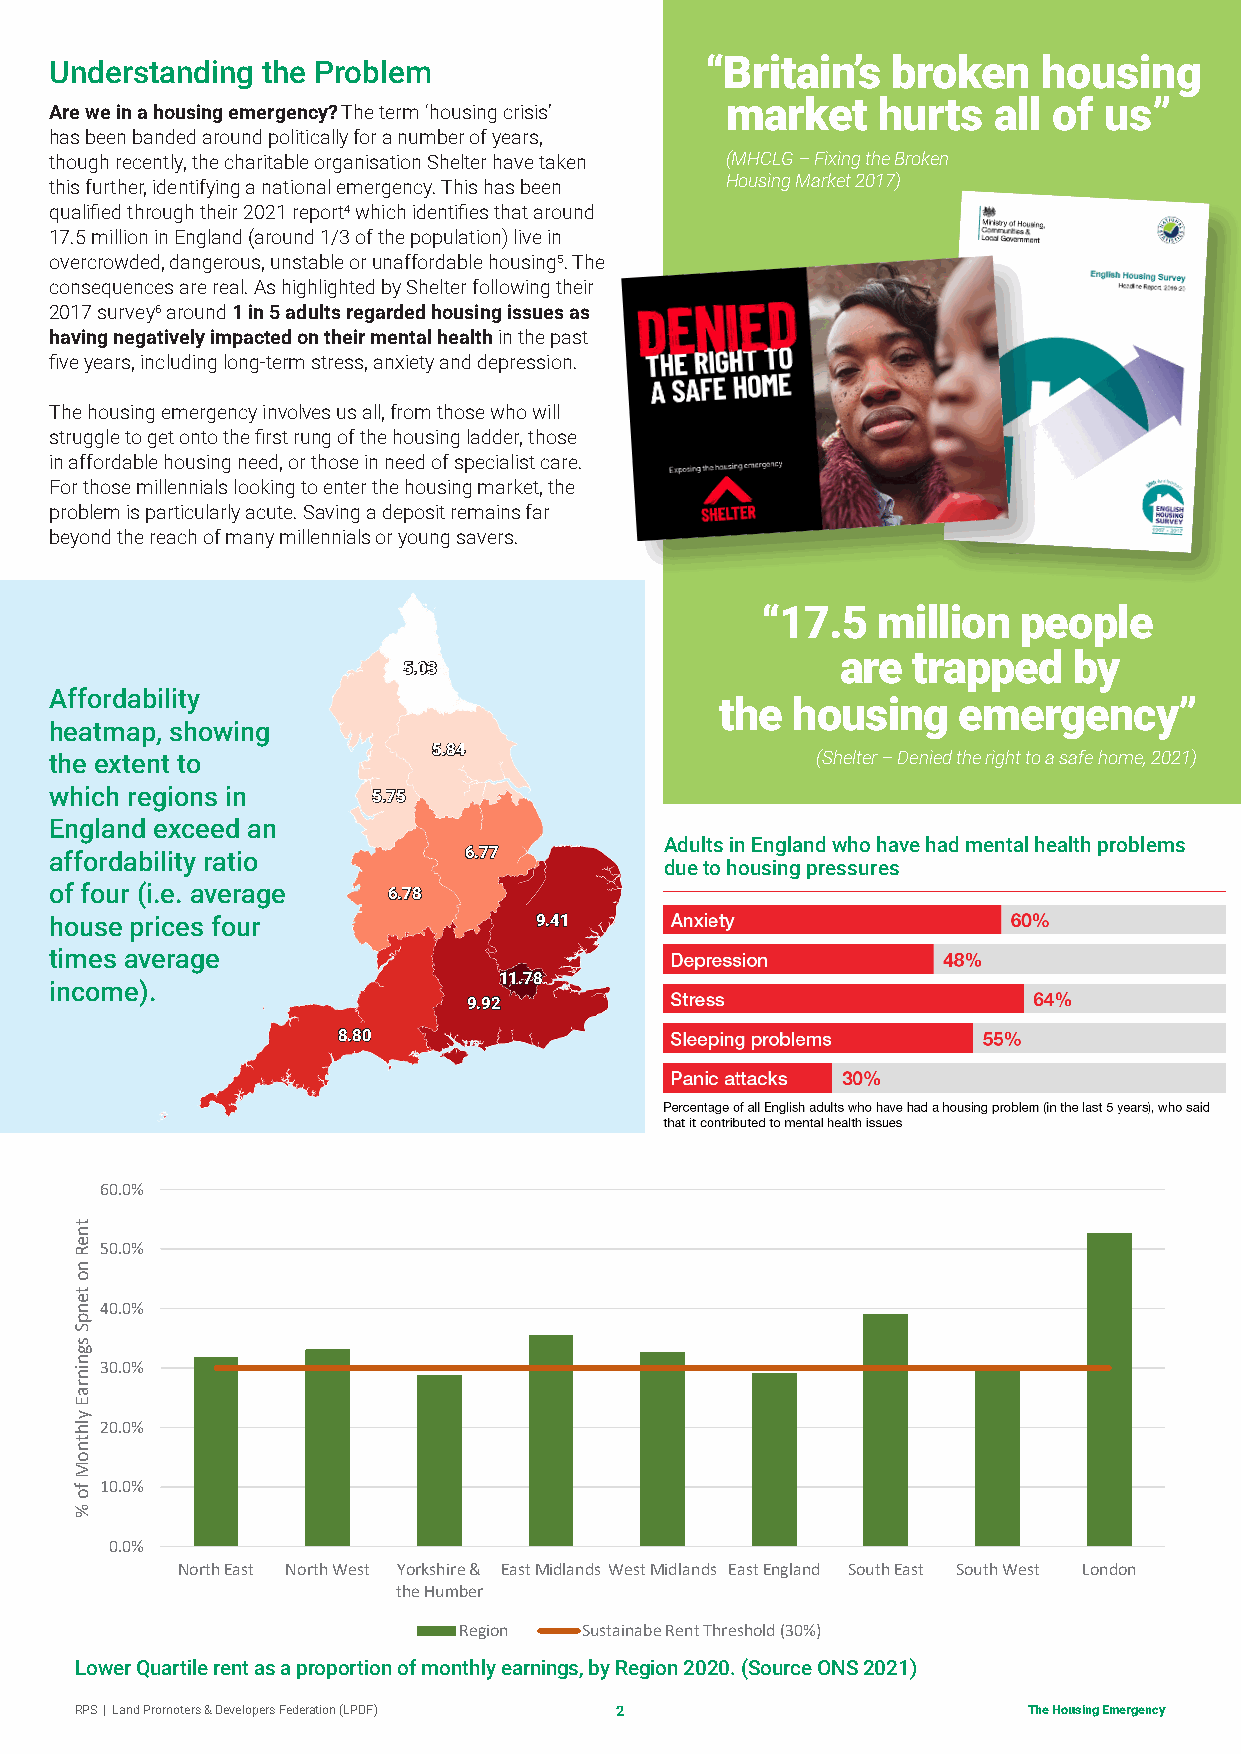
Understanding the Problem                   “Britain’s  broken    housing
 market    hurts   all of us”
 Are we in a housing emergency? The term ‘housing crisis’
 has been banded around politically for a number of years,
 though recently, the charitable organisation Shelter have taken (MHCLG – Fixing the Broken
 Housing Market 2017)
 this further, identifying a national emergency. This has been
 qualified through their 2021 report4 which identifies that around
 17.5 million in England (around 1/3 of the population) live in
 overcrowded, dangerous, unstable or unaffordable housing5. The
 consequences are real. As highlighted by Shelter following their
 2017 survey6 around 1 in 5 adults regarded housing issues as
 having negatively impacted on their mental health in the past
 five years, including long-term stress, anxiety and depression.
 The housing emergency involves us all, from those who will
 struggle to get onto the first rung of the housing ladder, those
 in affordable housing need, or those in need of specialist care.
 For those millennials looking to enter the housing market, the
 problem is particularly acute. Saving a deposit remains far
 beyond the reach of many millennials or young savers.
 “17.5   million   people
 are trapped    by
 55..0033
 Affordability
 the housing    emergency”
 heatmap, showing
 55..8844
 the extent to                                      (Shelter – Denied the right to a safe home, 2021)
 which regions in      55..7755
 England exceed an
 Adults in England who have had mental health problems
 affordability ratio         66..7777
 due to housing pressures
 of four (i.e. average  66..7788
 house prices four               99..4411
 times average
 1111..7788
 income).
 99..9922
 88..8800
 60.0%
 50.0%
 40.0%
 30.0%
 20.0%
 10.0%
 0.0%
 North East North West Yorkshire & East Midlands West Midlands East England South East South West London
 the Humber
 Region   Sustainabe Rent Threshold (30%)
 Lower Quartile rent as a proportion of monthly earnings, by Region 2020. (Source ONS 2021)
 RPS | Land Promoters & Developers Federation (LPDF) 2          The Housing Emergency
 tneR
 no
 tenpS
 sgninraE
 ylhtnoM
 fo
 %